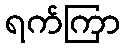
ရက်ကြာ